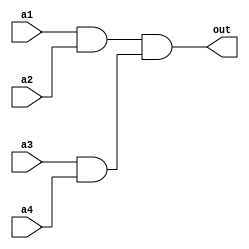
module ander4(
					input  a1,
					input  a2,
					input  a3,
					input  a4,
					output out);
					
	wire w1,w2;
	
	and first_and( w1 , a1 , a2 );
	and second_and( w2 , a3 , a4 );
	and last_and( out , w1 , w2);
	
endmodule